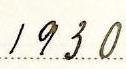
1930